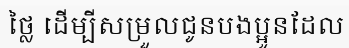
ថ្លៃ ដើម្បីសម្រួលជូនបងប្អូនដែល